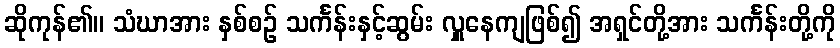
ဆိုကုန်၏။ သံဃာအား နှစ်စဉ် သင်္ကန်းနှင့်ဆွမ်း လှူနေကျဖြစ်၍ အရှင်တို့အား သင်္ကန်းတို့ကို